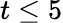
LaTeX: t\le 5